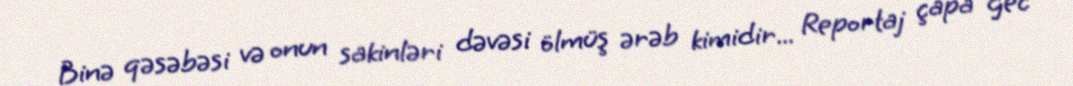
Binə qəsəbəsi və onun sakinləri dəvəsi ölmüş ərəb kimidir... Reportaj çapa gec